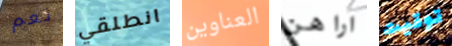
نعم انطلقي العناوين اراهن توقيت